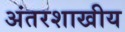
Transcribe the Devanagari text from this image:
अंतरशाखीय